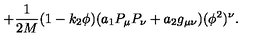
+ \frac { 1 } { 2 M } ( 1 - k _ { 2 } \phi ) ( a _ { 1 } P _ { \mu } P _ { \nu } + a _ { 2 } g _ { \mu \nu } ) ( \phi ^ { 2 } ) ^ { \nu } .